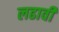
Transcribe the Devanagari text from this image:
लढावी